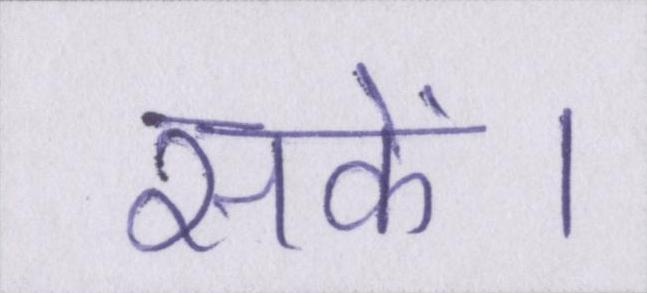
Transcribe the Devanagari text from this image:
सकें।